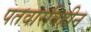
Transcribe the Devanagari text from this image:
पतवारविहीन